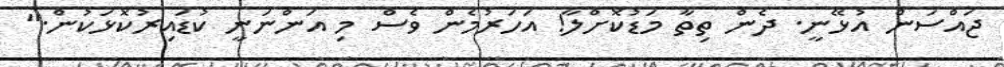
ޖައްސަން އުޅޭނީ. ދެން ތިތާ މަޑުކޮށްލާ! އަހަރުމެން ވެސް މި އަންނަނީ ކުޑައިރުކޮޅަކުން."